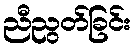
ညီညွတ်ခြင်း